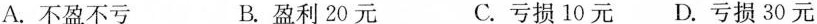
A.不盈不亏 B.盈利20元 C.亏损10元D.亏损30元